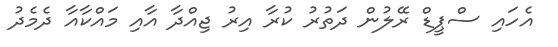
އެހައި ސްޕީޑް ރޭލުން ދަތުރު ކުރާ އިރު ޖިއްދާ އާއި މައްކާއާ ދެމެދު